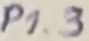
Text: P1.3